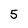
Character: 5